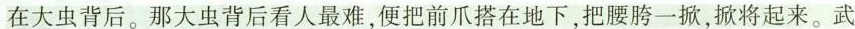
在大虫背后。那大虫背后看人最难，便把前爪搭在地下，把腰胯一掀，掀将起来。武